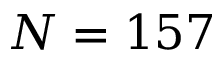
N = 1 5 7